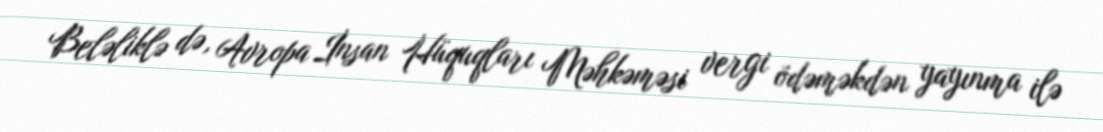
Beləliklə də, Avropa İnsan Hüquqları Məhkəməsi vergi ödəməkdən yayınma ilə